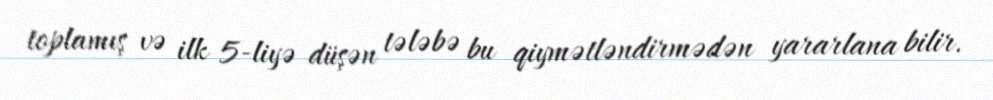
toplamış və ilk 5-liyə düşən tələbə bu qiymətləndirmədən yararlana bilir.